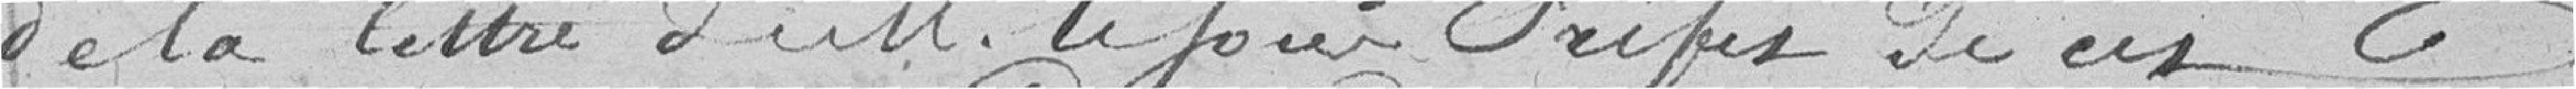
de la lettre de M. le sous Préfet de cet